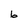
Character: b